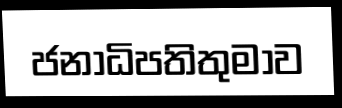
ජනාධිපතිතුමාව